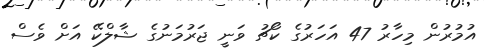
އުމުރުން މިހާރު 47 އަހަރުގެ ކޯޗު ވަނީ ޖަރުމަނުގެ ޝާލްކޭ އަށް ވެސް